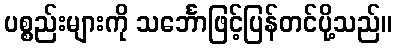
ပစ္စည်းများကို သင်္ဘောဖြင့်ပြန်တင်ပို့သည်။